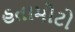
હતામોટો